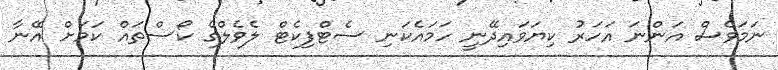
ނަމަވެސް އަންނަ އަހަރު ކިޔަވައިދޭނީ ހަމައެކަނި ސެޓްފިކެޓް ލެވެލްގެ ކޯސްތައް ކަމަށް އޭނާ